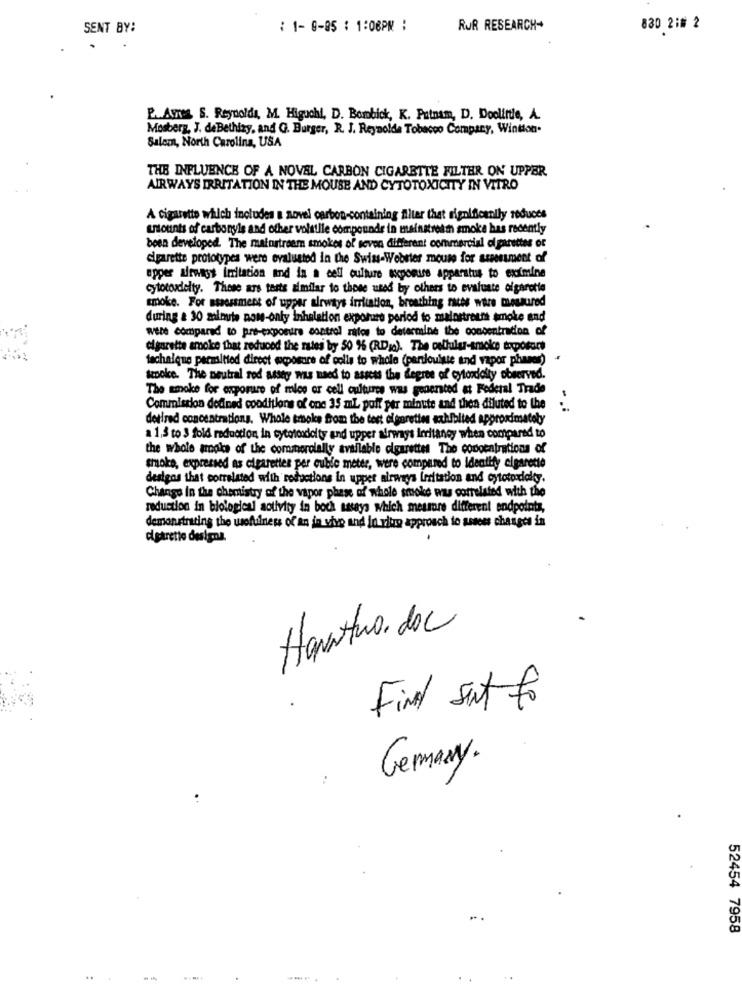
SENT BY:
: 1- 0-05 : 1:08PM :
RUR RESEARCH+
830 21# 2
E. Avres S. Reynolds, M. Higuchi, D. Bombick, K. Putnam, D. Doolittle, A.
Mosberg, J. deBethizy, and G. Burger, R. J. Reynolds Tobacco Company, Wintion.
Salem, North Carolina, USA
THE INFLUENCE OF A NOVEL CARBON CIGARETTE FILTER ON UPPER
AIRWAYS IRRITATION IN THE MOUSE AND CYTOTOXICITY IN VITRO
A cigarette which includes a novel carbon-containing filter that significantly reduces
unounts of carbonyle and other volatile compounde in mainstream smoke has recently
been developed. The maturtroem smokes of seven different commercial cigarettes or
cigarette prototypes were evaluated in the Swiss-Webster mouse for assessment of
upper airways irritation and in a cell culture topomuss apparatus to exitmine
cytotoxicity. These ars tests similar to those used by others to evaluate cigarette
smoke. For assessment of upper airways irritation, breathing races were mesaured
during a 30 minute non-only inhalation exposure period to mainstreets smoke and
Were compared to pre-exposure control rates to determine the concentration of
cigarette smoke that reduced the rates by 50 % (RD;o). The cellular-smoke toposare
tachalque permitted direct exposure of polls to whole (perslouiste and vapor phanes) +
teookce. The neutral rod assey was maed to assess the degree of cytorolty observed.
The smoke for exporure of mice or cell cultures was generated at Federal Trade
Commission defined conditions of one 35 mL poif per minute and then diluted to the
detired concentrations. Whole smoke from the test cigarettes exhibited approximately
a 1,3 to 3 fold reduction in tytotodoity and upper airways intangy when compared to
the whole amois of the commercially available cigarettes The concentrations of
smoke, expressed as cigarettes per ouble meter, were compared to Identify cigarette
designs that correlated with reductions in upper airways irritation and cytotoxicity.
Change in the chemistry of the vapor phase of whole smoke was correlated with the
reduction in biological activity in boch assays which measure different endpoints,
demonstrating the usefulness of an in vivo and in vitro approach to assess changes in
cigarette designa.
Horatwo. doc
Find sint to
Germany.
52454 7958